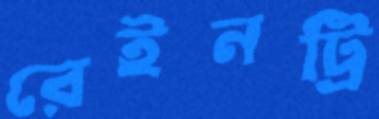
রেইনট্রি